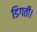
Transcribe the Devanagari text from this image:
डिगती।